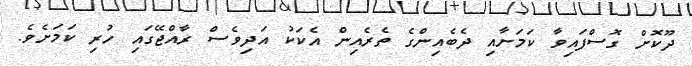
ދޫކޮށް ގޮސްފައިވާ ކަމަށާއި ދެބެއިންގެ ތެރެއިން އެކަކު އަދިވެސް ރާއްޖޭގައި ހުރި ކަމަށެވެ.